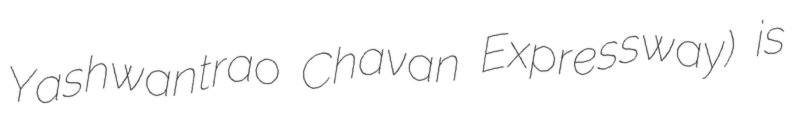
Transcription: Yashwantrao Chavan Expressway) is